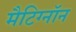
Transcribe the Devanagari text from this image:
मैटिग्नॉन